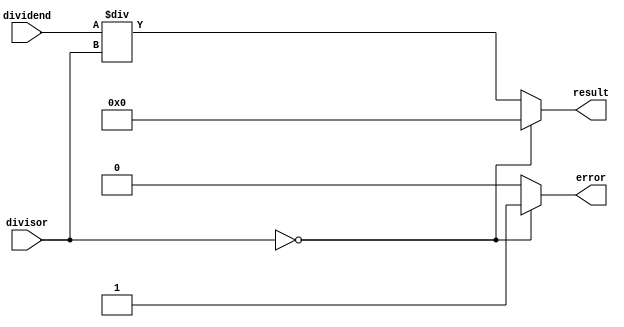
module Divider(
    input [31:0] dividend,
    input [31:0] divisor,
    output reg [31:0] result,
    output reg error
);

always @(*) begin
    if(divisor == 0) begin
        result = 32'b0; // Special output value
        error = 1; // Trigger error condition
    end else begin
        result = dividend / divisor; // Perform division operation
        error = 0; // No error condition
    end
end

endmodule